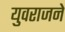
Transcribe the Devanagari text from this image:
युवराजने